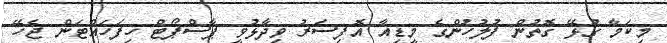
މިކަމާ ގުޅޭ ގޮތުން ފުލުހުންގެ މީޑިއާ އޮފިސަރު ވިދާޅުވީ ޕާސްޕޯޓް ހިފަހައްޓަން ޖެހޭ